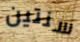
سنتين